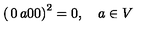
\left( \begin{matrix} { 0 } & { a } \\ { 0 } & { 0 } \\ \end{matrix} \right) ^ { 2 } = 0 , \quad a \in V